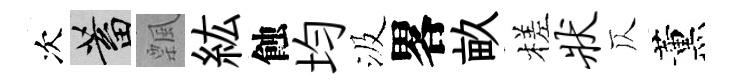
次蓄飄紘蝕均汲畧畝槎状仄薰